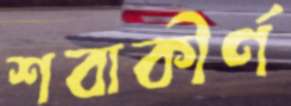
শবাকীর্ণ